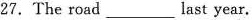
\star 27.The road___last year.